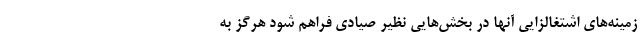
زمینه‌های اشتغالزایی آنها در بخش‌هایی نظیر صیادی فراهم شود هرگز به